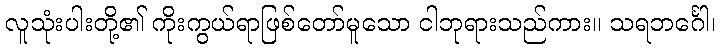
လူသုံးပါးတို့၏ ကိုးကွယ်ရာဖြစ်တော်မူသော ငါဘုရားသည်ကား။ သရဘင်္ဂေါ၊